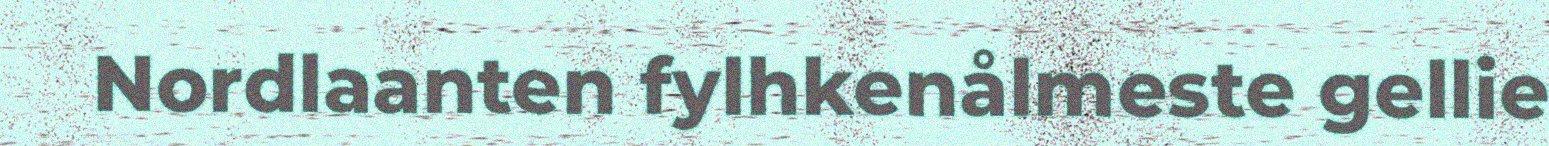
Nordlaanten fylhkenålmeste gellie